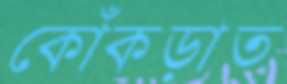
কোঁকড়াত